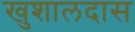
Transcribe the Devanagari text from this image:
खुशालदास